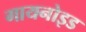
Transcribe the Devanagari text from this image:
गायनोइड